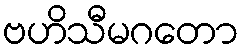
ဗဟိသီမဂတော